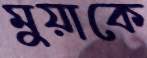
মুয়াকে